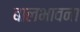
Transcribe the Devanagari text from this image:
बालभावना